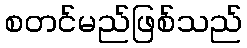
စတင်မည်ဖြစ်သည်